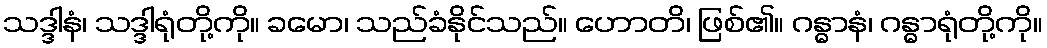
သဒ္ဒါနံ၊ သဒ္ဒါရုံတို့ကို။ ခမော၊ သည်ခံနိုင်သည်။ ဟောတိ၊ ဖြစ်၏။ ဂန္ဓာနံ၊ ဂန္ဓာရုံတို့ကို။